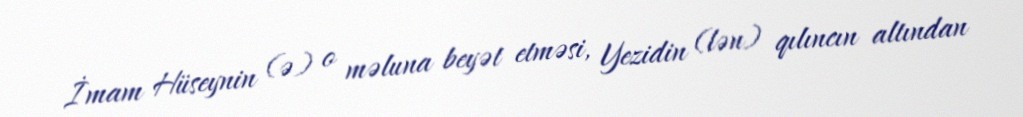
İmam Hüseynin (ə) o məluna beyət etməsi, Yezidin (lən) qılıncın altından